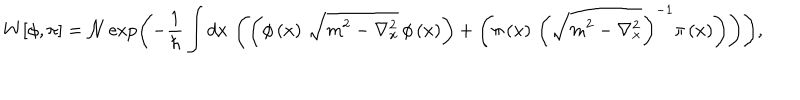
W [ \phi , \pi ] = \mathcal { N } \exp \left( - \frac { 1 } { \hbar } \int d x \, \left( \left( \phi \left( x \right) \, \sqrt { m ^ { 2 } - \nabla _ { x } ^ { 2 } } \, \phi \left( x \right) \right) + \left( { \pi } \left( x \right) \, \left( \sqrt { m ^ { 2 } - \nabla _ { x } ^ { 2 } } \right) ^ { - 1 } { \pi } \left( x \right) \right) \right) \right) ,